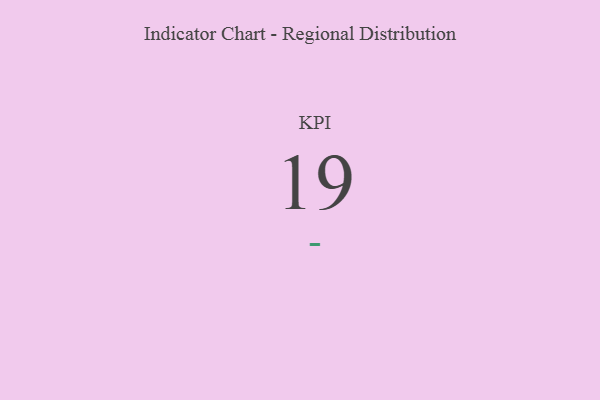
{"axis": {"x": "KPI", "y": "Value"}, "legend": [""], "data": [{"x": "KPI", "y": 19, "type": ""}]}